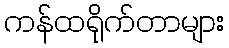
ကန်ထရိုက်တာများ